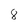
Character: 8